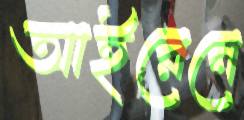
আইরেনে